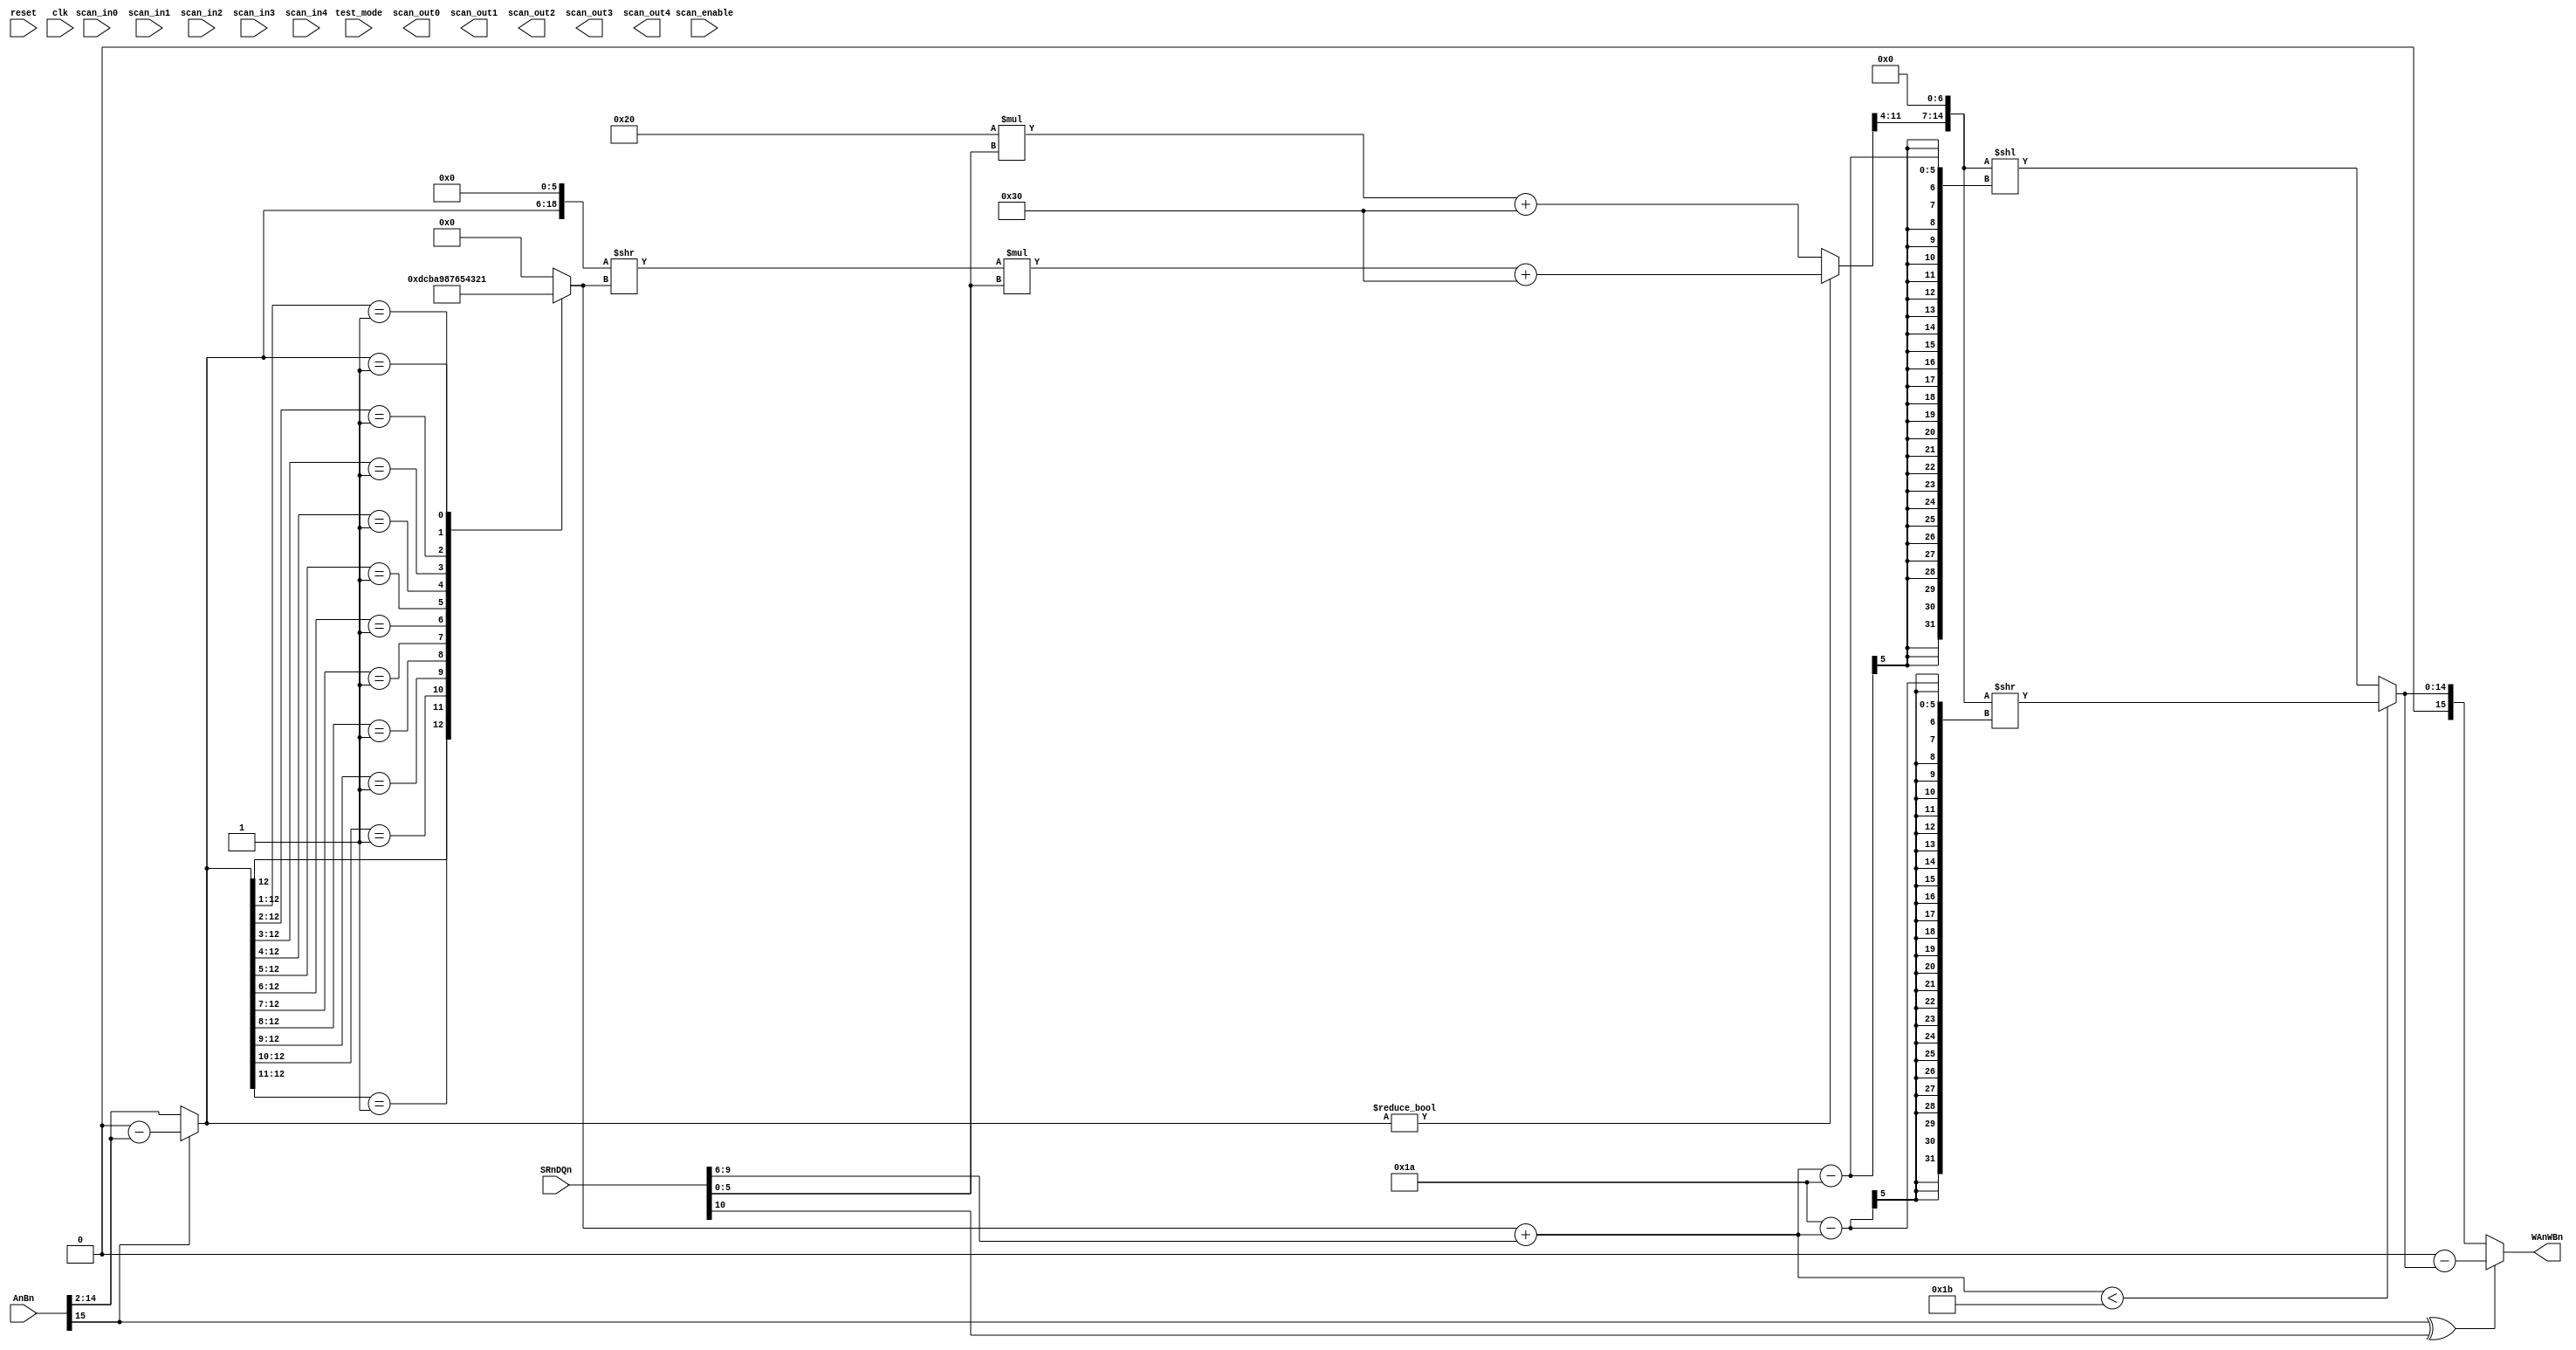
module FMULT (
input		reset,
input		clk,
input		scan_in0,
input		scan_in1,
input		scan_in2,
input		scan_in3,
input		scan_in4,
input		scan_enable,
input		test_mode,
output		scan_out0,
output		scan_out1,
output		scan_out2,
output		scan_out3,
output		scan_out4,

input  [15:0]	AnBn,
input  [10:0]	SRnDQn,
output [15:0]	WAnWBn
);

// The coefficient input is two's complement, so it needs to be converted into a floating point format prior to the multiplication
wire		AnBnS;
wire [12:0]	AnBnMAG;			// Magnitude of the coefficient
wire [5:0]	AnBnMANT;			// Mantissa of the coefficient (after floating point conversion)
reg  [3:0]	AnBnEXP;			// Exponent of the coefficient

// The signal input is broken down into pieces (DQ/SR is already a floating point number)
wire 		SRnDQnS;
wire [3:0]	SRnDQnEXP;
wire [5:0]	SRnDQnMANT;

// The output product is computed in pieces, and then assembled into the final output
wire 		WAnWBnS;
wire [4:0] 	WAnWBnEXP;
wire [11:0] WAnWBnMANT;
wire [14:0]	WAnWBnMAG;

assign AnBnS = AnBn[15];		// Grabs the sign bits of the inputs
assign SRnDQnS = SRnDQn[10];

assign WAnWBnS = AnBnS ^ SRnDQnS;	// Compute the sign of the output

assign SRnDQnEXP = SRnDQn[9:6];	// Grab the exponent of the floating point input
assign SRnDQnMANT = SRnDQn[5:0];	// Grab the mantissa of the floating point input

assign AnBnMAG = (AnBnS) ? (15'h4000 - {2'b00, AnBn[15:2]}) : (AnBn[15:2]); // Get the absolute value (magnitude) of the coefficient

// Determine the exponent value for the coefficient (floating point conversion)
always@ (AnBnMAG) begin

	casez (AnBnMAG)	// synopsys parallel_case
		13'b1????????????:
			begin
				AnBnEXP <= 4'hD;
			end
		13'b01???????????:
			begin
				AnBnEXP <= 4'hC;
			end
		13'b001??????????:
			begin
				AnBnEXP <= 4'hB;
			end
		13'b0001?????????:
			begin
				AnBnEXP <= 4'hA;
			end
		13'b00001????????:
			begin
				AnBnEXP <= 4'h9;
			end
		13'b000001???????:
			begin
				AnBnEXP <= 4'h8;
			end
		13'b0000001??????:
			begin
				AnBnEXP <= 4'h7;
			end
		13'b00000001?????:
			begin
				AnBnEXP <= 4'h6;
			end
		13'b000000001????:
			begin
				AnBnEXP <= 4'h5;
			end
		13'b0000000001???:
			begin
				AnBnEXP <= 4'h4;
			end
		13'b00000000001??:
			begin
				AnBnEXP <= 4'h3;
			end
		13'b000000000001?:
			begin
				AnBnEXP <= 4'h2;
			end
		13'b0000000000001:
			begin
				AnBnEXP <= 4'h1;
			end
		default:
			begin
				AnBnEXP <= 4'h0;
			end
	endcase
end

// Add the two exponents
assign WAnWBnEXP = AnBnEXP + SRnDQnEXP;

// Computes the mantissa of the product
assign WAnWBnMANT = (AnBnMAG)	? ((({AnBnMAG, 6'b000000} >> AnBnEXP) * SRnDQnMANT) + 12'h030) : (((6'h20) * SRnDQnMANT) + 12'h030);

// Compute the magnitude
assign WAnWBnMAG = (WAnWBnEXP < 27) ? ({WAnWBnMANT[11:4], 7'b0000000} >> (26 - WAnWBnEXP)) : ({WAnWBnMANT[11:4], 7'b0000000} << (WAnWBnEXP - 26));

// Convert output to two's complement
assign WAnWBn = (WAnWBnS) ? (17'h10000 - {2'b00, WAnWBnMAG}) : (WAnWBnMAG);

endmodule